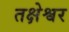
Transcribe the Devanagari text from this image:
तक्षेश्वर